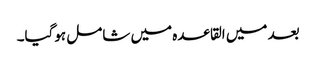
بعد میں القاعدہ میں شامل ہوگیا۔